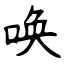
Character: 唤